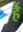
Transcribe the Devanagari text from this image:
हैं